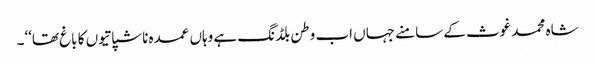
شاہ محمد غوث کے سامنے جہاں اب وطن بلڈنگ ہے وہاں عمدہ ناشپاتیوں کا باغ تھا‘‘۔